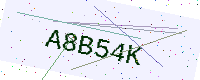
Text: A8B54K